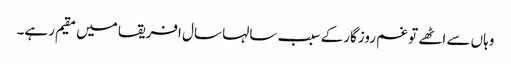
وہاں سے اٹھے تو غم روزگارکے سبب سالہا سال افریقا میں مقیم رہے۔